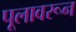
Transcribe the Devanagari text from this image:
पूलावरून